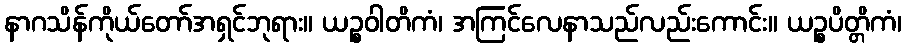
နာဂသိန်ကိုယ်တော်အရှင်ဘုရား။ ယဉ္စဝါတိကံ၊ အကြင်လေနာသည်လည်းကောင်း။ ယဉ္စပိတ္တိကံ၊